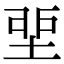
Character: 𡋲